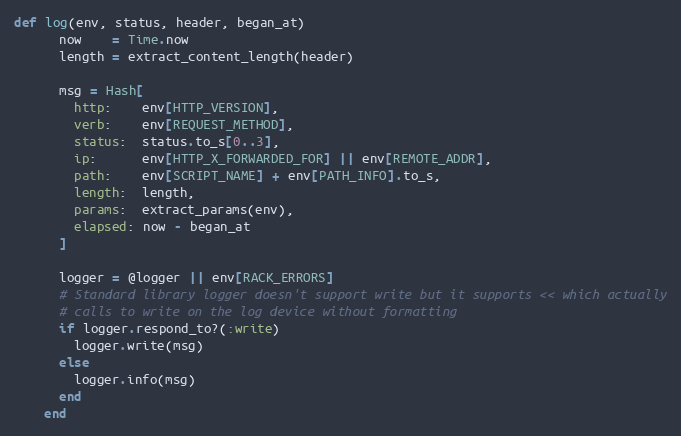
Language: Ruby
def log(env, status, header, began_at)
      now    = Time.now
      length = extract_content_length(header)

      msg = Hash[
        http:    env[HTTP_VERSION],
        verb:    env[REQUEST_METHOD],
        status:  status.to_s[0..3],
        ip:      env[HTTP_X_FORWARDED_FOR] || env[REMOTE_ADDR],
        path:    env[SCRIPT_NAME] + env[PATH_INFO].to_s,
        length:  length,
        params:  extract_params(env),
        elapsed: now - began_at
      ]

      logger = @logger || env[RACK_ERRORS]
      # Standard library logger doesn't support write but it supports << which actually
      # calls to write on the log device without formatting
      if logger.respond_to?(:write)
        logger.write(msg)
      else
        logger.info(msg)
      end
    end